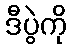
ဒီပွဲကို